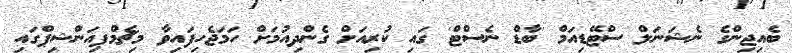
ބެއިޖިންގެ ނެޝަނަލް ސްޓޭޑިއަމް 'ބާޑް ނެސްޓް' ގައި ކުރިއަށް ގެންދިއުމަށް ހަމަޖެހިފައިވާ މިޗެމްޕިއަންޝިޕްގައި